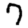
Digit: 7